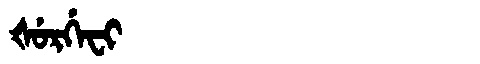
Manchu: ᡧᡠᡵᡤᡝᠸᡳ
Romanization: ŠURGEFI